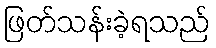
ဖြတ်သန်းခဲ့ရသည်